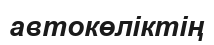
автокөліктің